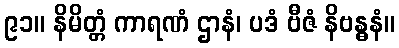
၉၁။ နိမိတ္တံ ကာရဏံ ဌာနံ၊ ပဒံ ဗီဇံ နိဗန္ဓနံ။